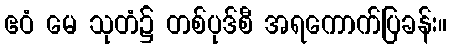
ဧဝံ မေ သုတံ၌ တစ်ပုဒ်စီ အရကောက်ပြခန်း။